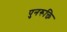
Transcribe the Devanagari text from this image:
पुनरूक्ति